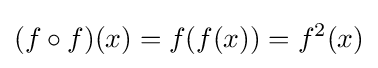
(f\circ f)(x)=f(f(x))=f^{2}(x)